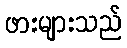
ဖားများသည်